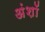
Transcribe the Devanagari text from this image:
अंशॉ